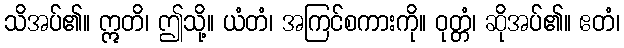
သိအပ်၏။ ဣတိ၊ ဤသို့။ ယံတံ၊ အကြင်စကားကို။ ဝုတ္တံ၊ ဆိုအပ်၏။ ဧတံ၊